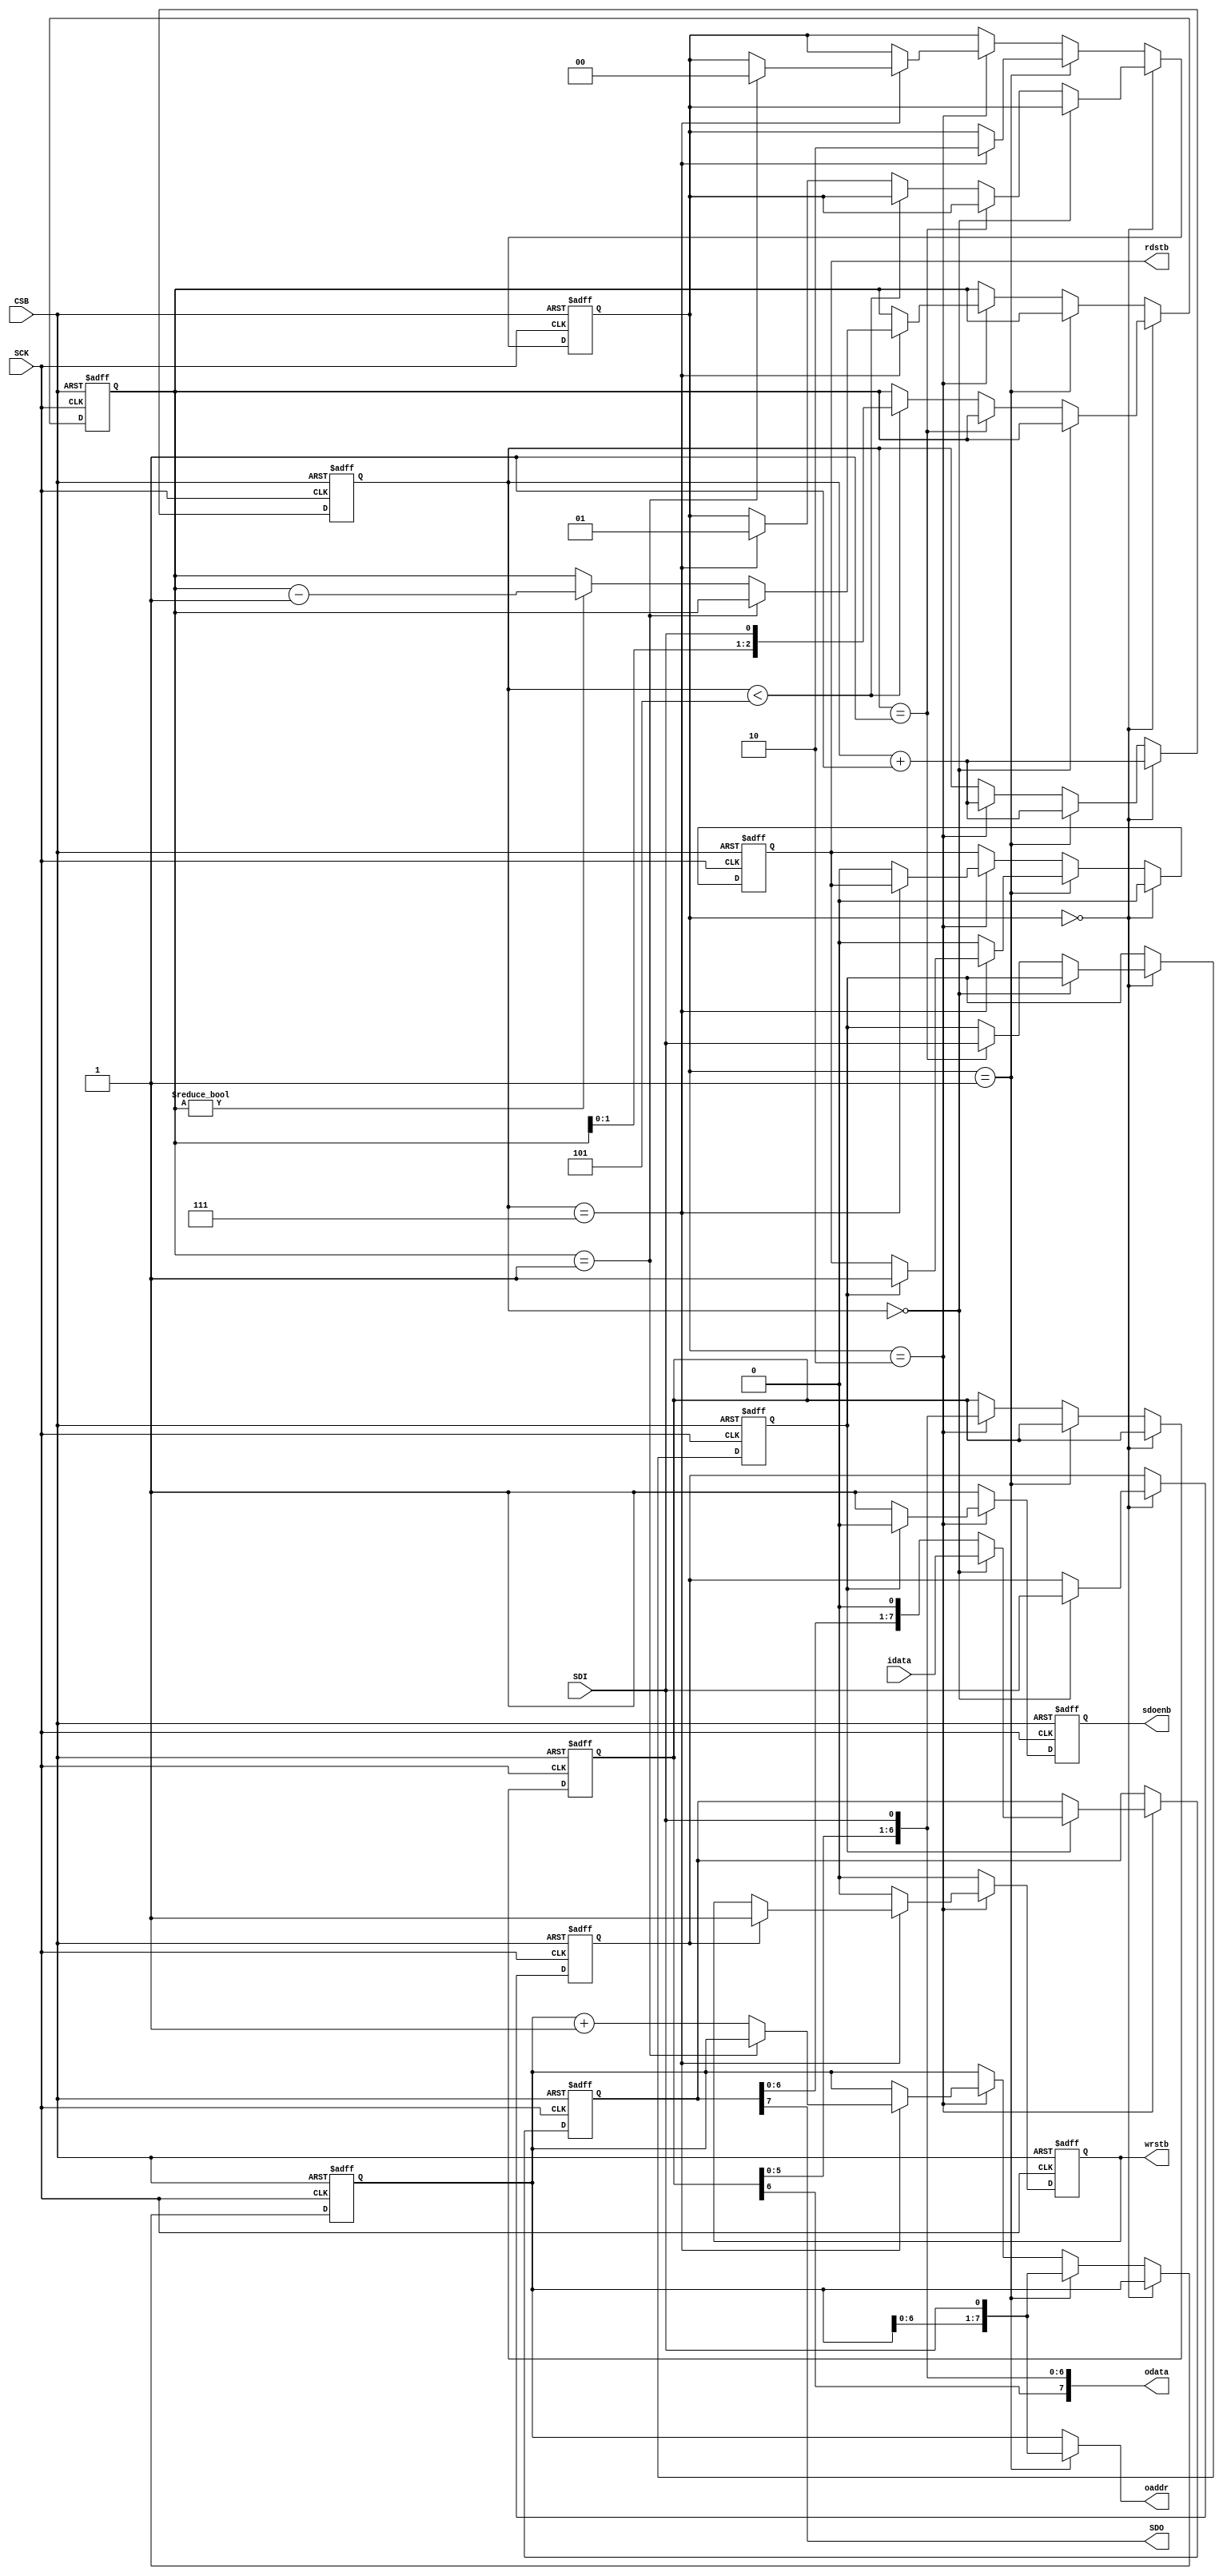
`define COMMAND  2'b00
`define ADDRESS  2'b01
`define DATA     2'b10
`define IDLE     2'b11	// Not used

module spi_slave(SCK, SDI, CSB, SDO, sdoenb, idata, odata, oaddr, rdstb, wrstb);
    input SCK;
    input SDI;
    input CSB;
    output SDO;
    output sdoenb;
    input [7:0] idata;
    output [7:0] odata;
    output [7:0] oaddr;
    output rdstb;
    output wrstb; 

    reg  [7:0]  addr;
    reg		wrstb;
    reg		rdstb;
    reg		sdoenb;
    reg  [1:0]  state;
    reg  [2:0]  count;
    reg		writemode;
    reg		readmode;
    reg  [2:0]	fixed;
    wire [7:0]  odata;
    reg  [6:0]  predata;
    wire [7:0]  oaddr;
    reg  [7:0]  ldata;

    assign odata = {predata, SDI};
    assign oaddr = (state == `ADDRESS) ? {addr[6:0], SDI} : addr;
    assign SDO = ldata[7];

    // Readback data is captured on the falling edge of SCK so that
    // it is guaranteed valid at the next rising edge.
    always @(negedge SCK or posedge CSB) begin
	if (CSB == 1'b1) begin
	    wrstb <= 1'b0;
	    ldata  <= 8'b00000000;
	    sdoenb <= 1'b1;
        end else begin

	    // After CSB low, 1st SCK starts command

	    if (state == `DATA) begin
		if (readmode == 1'b1) begin
		    sdoenb <= 1'b0;
		    if (count == 3'b000) begin
			ldata <= idata;
		    end else begin
			ldata <= {ldata[6:0], 1'b0};	// Shift out
		    end
		end else begin
		    sdoenb <= 1'b1;
		end

		// Apply write strobe on SCK negative edge on the next-to-last
		// data bit so that it updates data on the rising edge of SCK
		// on the last data bit.
 
		if (count == 3'b111) begin
		    if (writemode == 1'b1) begin
			wrstb <= 1'b1;
 		    end
		end else begin
		    wrstb <= 1'b0;
		end
	    end else begin
		wrstb <= 1'b0;
		sdoenb <= 1'b1;
	    end		// ! state `DATA
	end		// ! CSB
    end			// always @ ~SCK

    always @(posedge SCK or posedge CSB) begin
	if (CSB == 1'b1) begin
	    // Default state on reset
	    addr <= 8'h00;
	    rdstb <= 1'b0;
	    predata <= 7'b0000000;
	    state  <= `COMMAND;
	    count  <= 3'b000;
	    readmode <= 1'b0;
	    writemode <= 1'b0;
	    fixed <= 3'b000;
        end else begin
	    // After CSB low, 1st SCK starts command
	    if (state == `COMMAND) begin
		rdstb <= 1'b0;
		count <= count + 1;
		if (count == 3'b000) begin
		    writemode <= SDI;
		end else if (count == 3'b001) begin
		    readmode <= SDI;
		end else if (count < 3'b101) begin
		    fixed <= {fixed[1:0], SDI}; 
		end else if (count == 3'b111) begin
		    state <= `ADDRESS;
		end
	    end else if (state == `ADDRESS) begin
		count <= count + 1;
		addr <= {addr[6:0], SDI};
		if (count == 3'b111) begin
		    if (readmode == 1'b1) begin
			rdstb <= 1'b1;
		    end
		    state <= `DATA;
		end else begin
		    rdstb <= 1'b0;
		end
	    end else if (state == `DATA) begin
		predata <= {predata[6:0], SDI};
		count <= count + 1;
		if (count == 3'b111) begin
		    if (fixed == 3'b001) begin
			state <= `COMMAND;
		    end else if (fixed != 3'b000) begin
			fixed <= fixed - 1;
			addr <= addr + 1;	// Auto increment address (fixed)
		    end else begin	
			addr <= addr + 1;	// Auto increment address (streaming)
		    end
		end else begin
		    rdstb <= 1'b0;
		end
	    end		// ! state `DATA
	end		// ! CSB
    end			// always @ SCK

endmodule // spi_slave